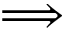
\Longrightarrow